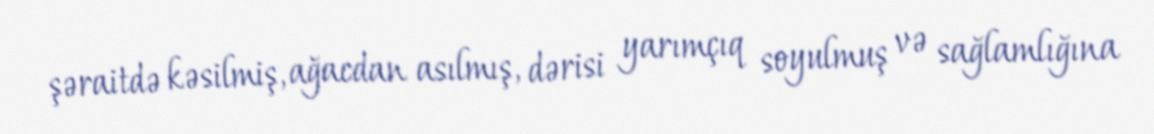
şəraitdə kəsilmiş, ağacdan asılmış, dərisi yarımçıq soyulmuş və sağlamlığına